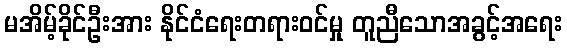
မအိမ့်ခိုင်ဦးအား နိုင်ငံရေးတရားဝင်မှု တူညီသောအခွင့်အရေး